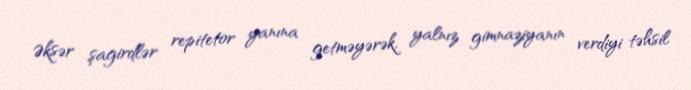
Əksər şagirdlər repitetor yanına getməyərək, yalnız gimnaziyanın verdiyi təhsil